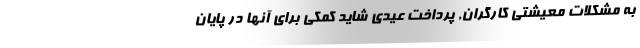
به مشکلات معیشتی کارگران, پرداخت عیدی شاید کمکی برای آنها در پایان